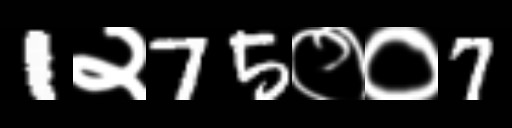
Text: 1२75००7